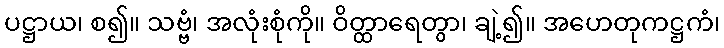
ပဋ္ဌာယ၊ စ၍။ သဗ္ဗံ၊ အလုံးစုံကို။ ဝိတ္ထာရေတွာ၊ ချဲ့၍။ အဟေတုကဋ္ဌကံ၊